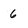
Character: 6